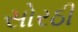
સોરઠી